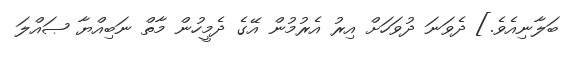
ބަލާނިއެވެ.] ދެވަނަ ދުވަހަށް އިރު އެރުމުން އޭގެ ދެމީހުން މާތް ނަބިއްޔާާ ޞައްލަ